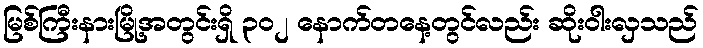
မြစ်ကြီးနားမြို့အတွင်းရှိ ၃၀၂ နောက်တနေ့တွင်လည်း ဆိုးဝါးလှသည်